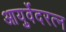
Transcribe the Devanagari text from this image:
आयुर्वेदरत्न